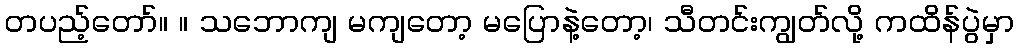
တပည့်တော်။ ။ သဘောကျ မကျတော့ မပြောနဲ့တော့၊ သီတင်းကျွတ်လို့ ကထိန်ပွဲမှာ